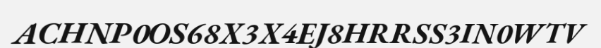
ACHNP0OS68X3X4EJ8HRRSS3IN0WTV